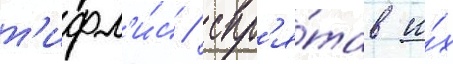
т'ифл'и́с / спр'я́тав и́х